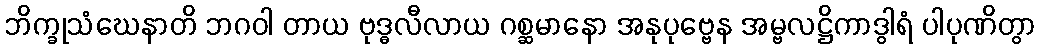
ဘိက္ခုသံဃေနာတိ ဘဂဝါ တာယ ဗုဒ္ဓလီလာယ ဂစ္ဆမာနော အနုပုဗ္ဗေန အမ္ဗလဋ္ဌိကာဒွါရံ ပါပုဏိတွာ